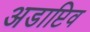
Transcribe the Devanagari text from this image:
अडाप्टिव